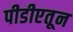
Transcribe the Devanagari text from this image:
पीडीएतून